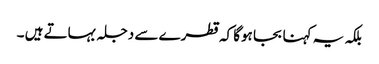
بلکہ یہ کہنا بجا ہوگا کہ قطرے سے دجلہ بہاتے ہیں ۔